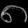
Digit: ၈